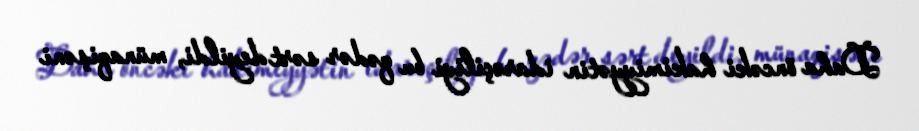
Daha öncəki hakimiyyətin idarəçiliyi bu qədər sərt deyildi, münaqişəni